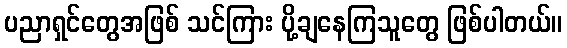
ပညာရှင်တွေအဖြစ် သင်ကြား ပို့ချနေကြသူတွေ ဖြစ်ပါတယ်။